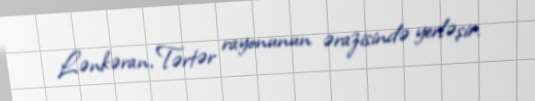
Lənkəran, Tərtər rayonunun ərazisində yerləşir.